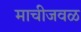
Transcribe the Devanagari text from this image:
माचीजवळ